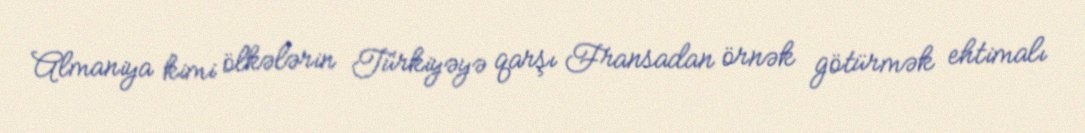
Almaniya kimi ölkələrin Türkiyəyə qarşı Fransadan örnək götürmək ehtimalı